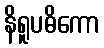
နိရူပဓိကော